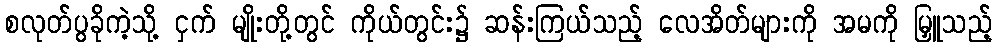
စလုတ်ပွခိုကဲ့သို့ ငှက် မျိုးတို့တွင် ကိုယ်တွင်း၌ ဆန်းကြယ်သည့် လေအိတ်များကို အမကို မြှူသည့်